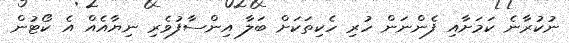
ނުކުރާނެ ކަމަށާއި ފެންނަން ހުރި ހެކިތަކަށް ބަލާ އިންސާފުވެރި ނިޔާއެއް އެ ކޯޓުން